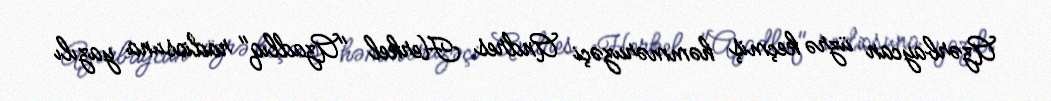
Azərbaycan üzrə keçmiş həmməruzəçi Andres Herkel "Azadlıq" radiosuna yazılı